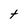
Character: t